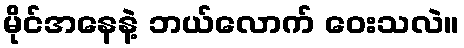
မိုင်အနေနဲ့ ဘယ်လောက် ဝေးသလဲ။